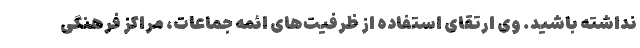
نداشته باشید. وی ارتقای استفاده از ظرفیت‌های ائمه جماعات، مراکز فرهنگی